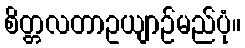
စိတ္တလတာဥယျာဉ်မည်ပုံ။